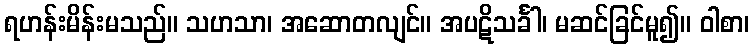
ရဟန်းမိန်းမသည်။ သဟသာ၊ အဆောတလျင်။ အပဋိသင်္ခါ၊ မဆင်ခြင်မူ၍။ ဝါစာ၊